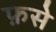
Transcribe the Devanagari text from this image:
फ़से